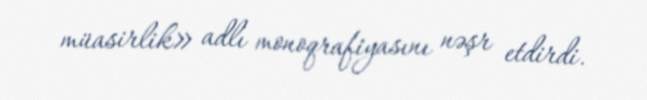
müasirlik» adlı monoqrafiyasını nəşr etdirdi.